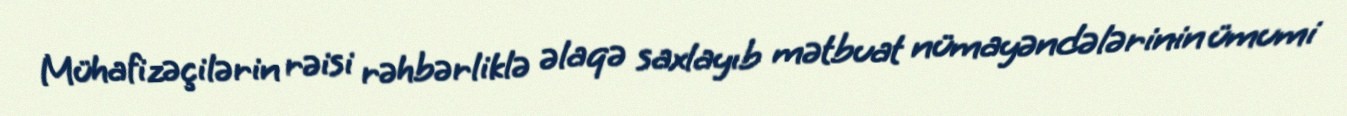
Mühafizəçilərin rəisi rəhbərliklə əlaqə saxlayıb mətbuat nümayəndələrinin ümumi